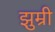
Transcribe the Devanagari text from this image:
झुम्री